Annual administration report of the Bombay Presidency - 1887-1892
Year: 1887
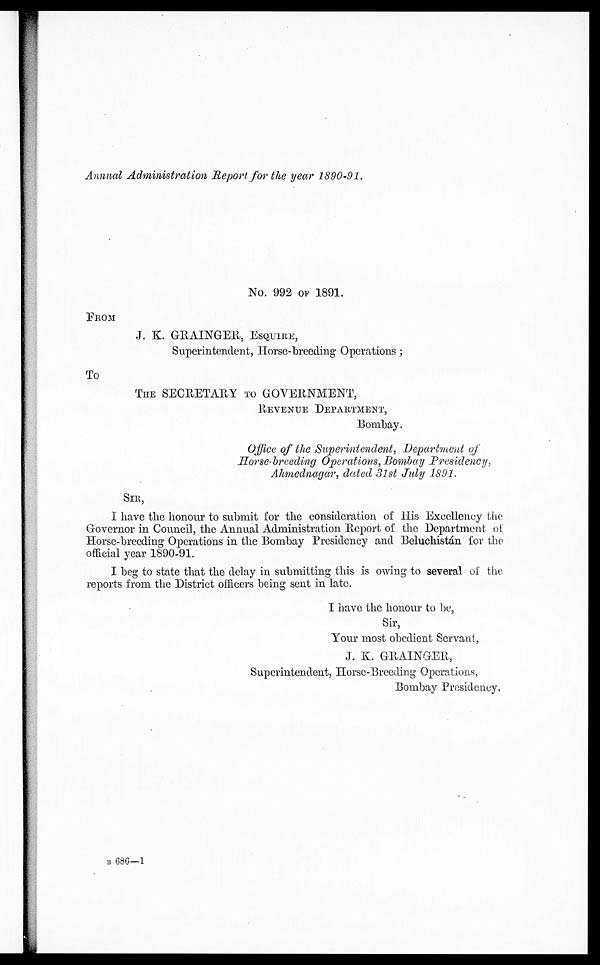
Annual Administration Report for the year 1890-91.
No. 992 OF 1891.
FROM
J. K. GRAINGER, ESQUIRE,
Superintendent, Horse-breeding Operations;
To
THE SECRETARY TO GOVERNMENT,
REVENUE DEPARTMENT,
Bombay.
Office of the Superintendent, Department of
Horse-breeding Operations, Bombay Presidency,
Ahmednagar, dated 31st July 1891.
SIR,
I have the honour to submit for the consideration of His Excellency the
Governor in Council, the Annual Administration Report of the Department of
Horse-breeding Operations in the Bombay Presidency and Beluchistán for the
official year 1890-91.
I beg to state that the delay in submitting this is owing to several of the
reports from the District officers being sent in late.
I have the honour to be,
Sir,
Your most obedient Servant,
J. K. GRAINGER,
Superintendent, Horse-Breeding Operations,
Bombay Presidency.